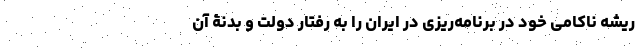
ریشه ناکامی خود در برنامه‌ریزی در ایران را به رفتار دولت و بدنۀ آن